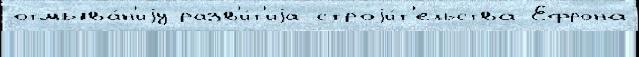
отмыва́н'иjу разв'и́т'иjа строjи́т'ельства Ефрона